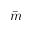
\bar { m }